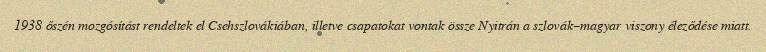
1938 őszén mozgósítást rendeltek el Csehszlovákiában, illetve csapatokat vontak össze Nyitrán a szlovák–magyar viszony éleződése miatt.